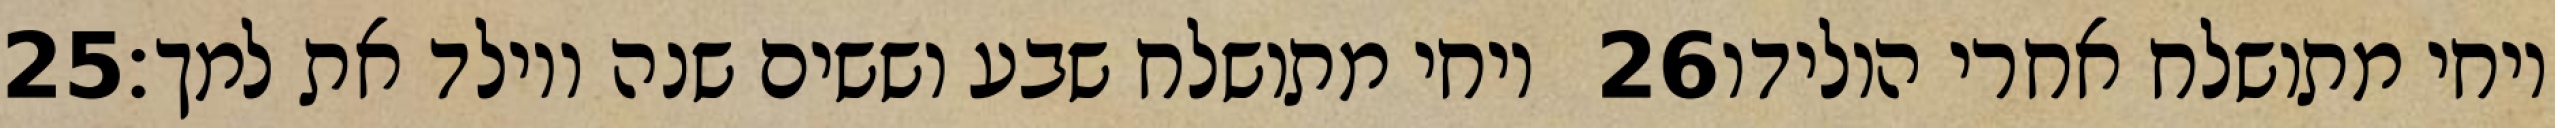
‎25‏ ויחי מתושלח שבע וששים שנה ויולד את למך׃ ‎26‏ ויחי מתושלח אחרי הולידו